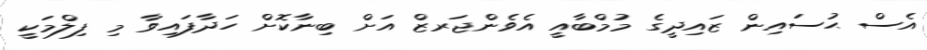
އެސް ޙުސައިން ޒައިދީގެ މުމްބާއީ އެވެންޖަރޒް އަށް ބިނާކޮށް ހަދާފައިވާ މި ފިލްމަކީ